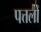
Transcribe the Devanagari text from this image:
पत्तलों